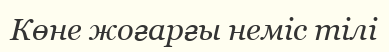
Көне жоғарғы неміс тілі